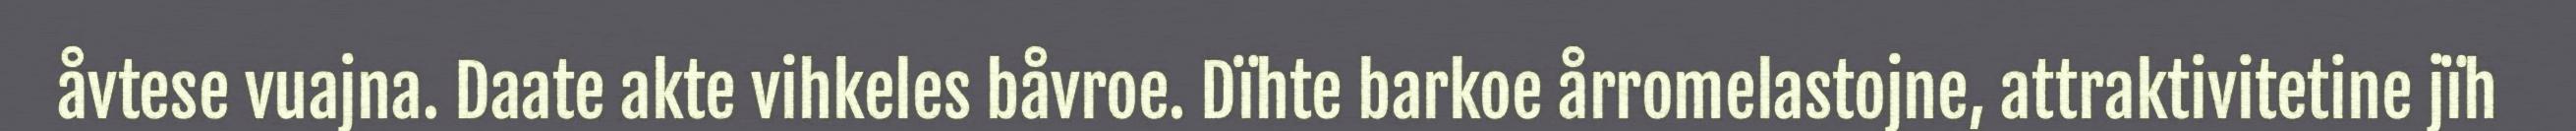
åvtese vuajna. Daate akte vihkeles båvroe. Dïhte barkoe årromelastojne, attraktivitetine jïh